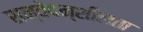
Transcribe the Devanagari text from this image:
सन्वेदन्शीलता